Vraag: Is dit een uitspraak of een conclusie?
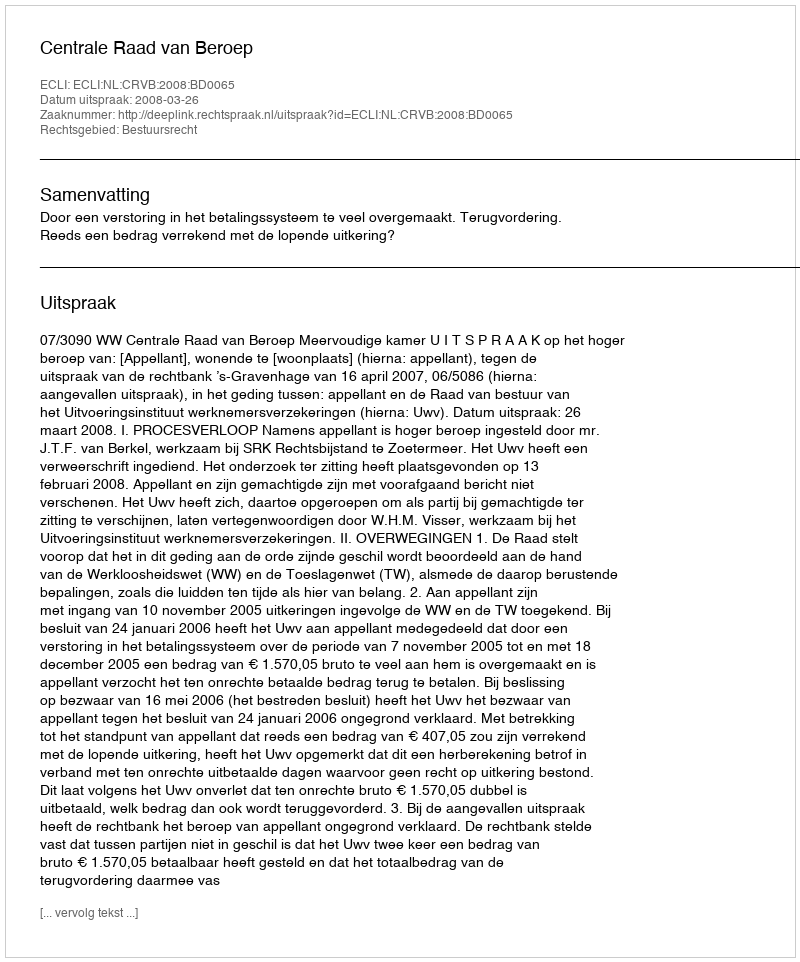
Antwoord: Uitspraak